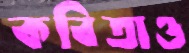
কবিতাও